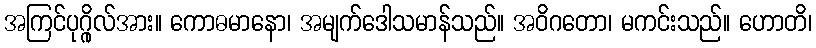
အကြင်ပုဂ္ဂိုလ်အား။ ကောဓမာနော၊ အမျက်ဒေါသမာန်သည်။ အဝိဂတော၊ မကင်းသည်။ ဟောတိ၊